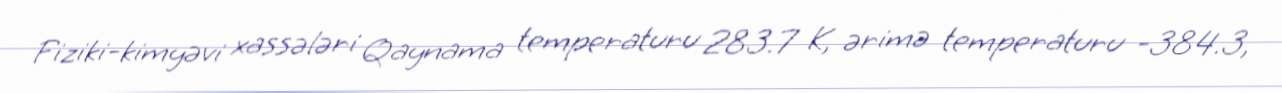
Fiziki-kimyəvi xassələri Qaynama temperaturu 283.7 K, ərimə temperaturu -384.3,